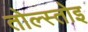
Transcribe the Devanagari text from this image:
तोल्स्तोइ